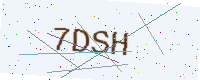
Text: 7DSH